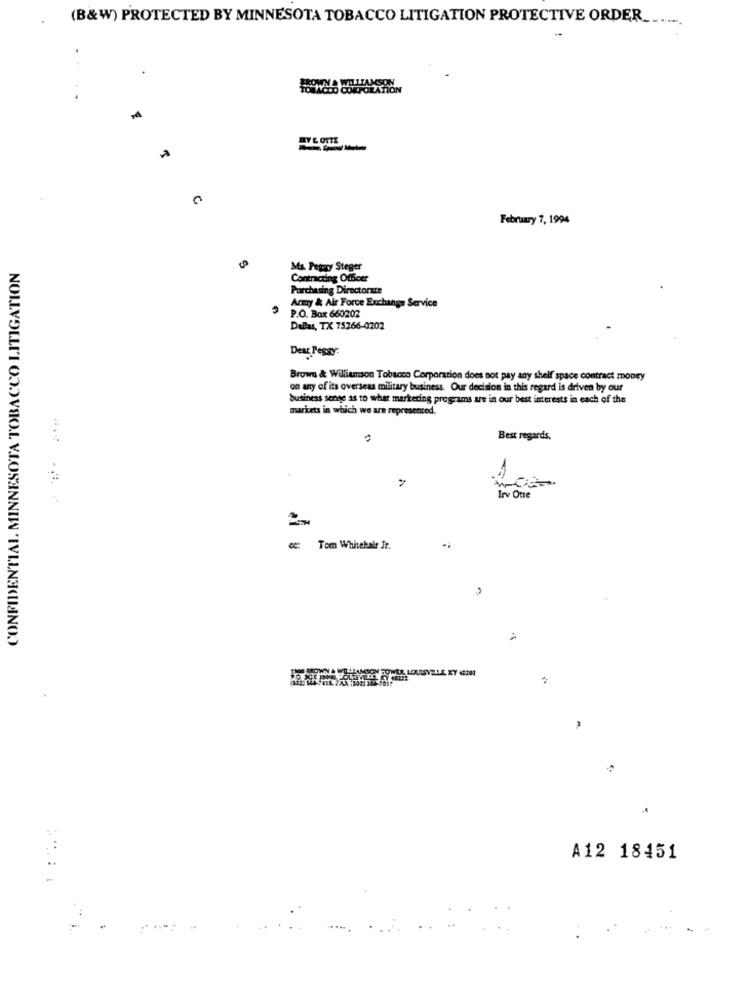
(B&W) PROTECTED BY MINNESOTA TOBACCO LITIGATION PROTECTIVE ORDER ........
FROHN A WILLIAMSON
.
February 7, 1994
CONFIDENTIAL MINNESOTA TOBACCO LITIGATION
Ms. Pegary Steger
Contracting Officer
Purchasing Directorate
Army & Air Force Exchange Service
P.O. Box 660202
Dallas, TX 75266-0202
Deux Pesso:
Brows & Williamson Tobacco Corporation does not pay any shelf space contract money
on any of its overseas military business. Our decision in this regard is driven by our
business sense as to what marketing programs are in our best interests in each of the
mariets in which we are represented.
Best regards,
Irv Otte
ce: Tom Whitehair It.
A12 18451